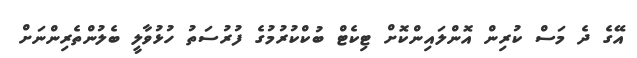
އޭގެ ދެ މަސް ކުރިން އޮންލައިންކޮށް ޓިކެޓް ބުކްކުރުމުގެ ފުރުސަތު ހުޅުވާލީ ބެލުންތެރިންނަށް